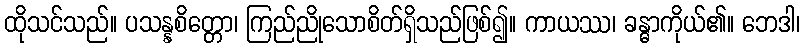
ထိုသင်သည်။ ပသန္နစိတ္တော၊ ကြည်ညိုသောစိတ်ရှိသည်ဖြစ်၍။ ကာယဿ၊ ခန္ဓာကိုယ်၏။ ဘေဒါ၊